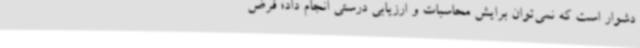
دشوار است که نمی‌توان برایش محاسبات و ارزیابی درستی انجام داد؛ فرض